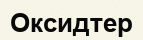
Оксидтер